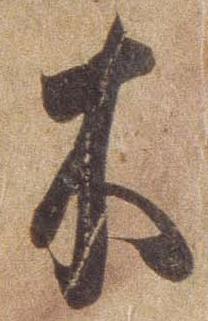
木